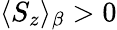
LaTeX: \langle S_{z}\rangle_{\beta}>0